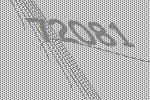
72081